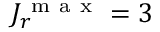
J _ { r } ^ { \mathrm { ~ m ~ a ~ x ~ } } = 3